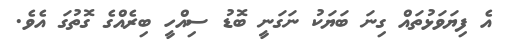
އެ ފިޔަވަޅުތައް ގިނަ ބަޔަކު ނަގަނީ ބޮޑު ސިއްހީ ބިރެއްގެ ގޮތުގަ އެވެ.